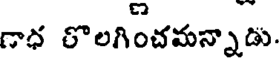
గాధ రొలగించమన్నాడు.